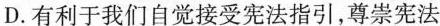
D.有利于我们自觉接受宪法指引，尊崇宪法